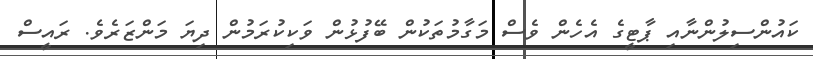
ކައުންސިލުންނާއި ޕާޓީގެ އެހެން ވެސް މަގާމުތަކުން ބޭފުޅުން ވަކިކުރަމުން ދިޔަ މަންޒަރެވެ. ރައީސް